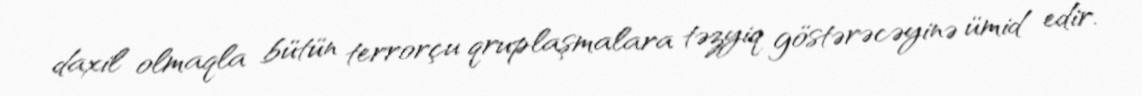
daxil olmaqla bütün terrorçu qruplaşmalara təzyiq göstərəcəyinə ümid edir.